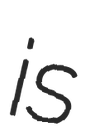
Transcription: is